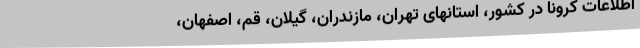
اطلاعات کرونا در کشور، استانهای تهران، مازندران، گیلان، قم، اصفهان،